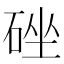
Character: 䂳